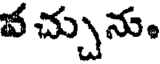
వ చ్చును.